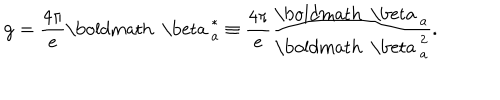
{ \bf g } = \frac { 4 \pi } { e } \mathrm { \boldmath ~ \ b e t a ~ } _ { a } ^ { * } \equiv \frac { 4 \pi } { e } \frac { \mathrm { \boldmath ~ \ b e t a ~ } _ { a } } { \mathrm { \boldmath ~ \ b e t a ~ } _ { a } ^ { 2 } } .